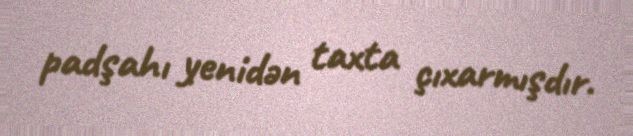
padşahı yenidən taxta çıxarmışdır.